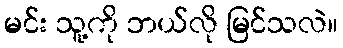
မင်း သူ့ကို ဘယ်လို မြင်သလဲ။